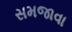
સમજાવા